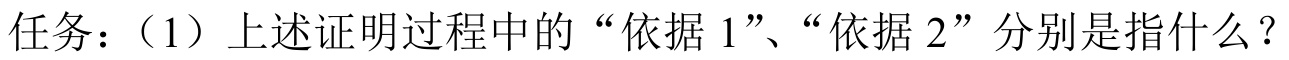
任务：（1）上述证明过程中的“依据 1”、“依据 2”分别是指什么？